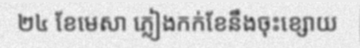
២៤ ខែមេសា ភ្លៀងកក់ខែនឹងចុះខ្សោយ